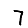
Digit: 7